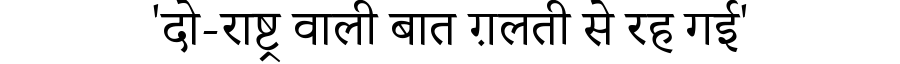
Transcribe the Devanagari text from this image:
'दो-राष्ट्र वाली बात ग़लती से रह गई'